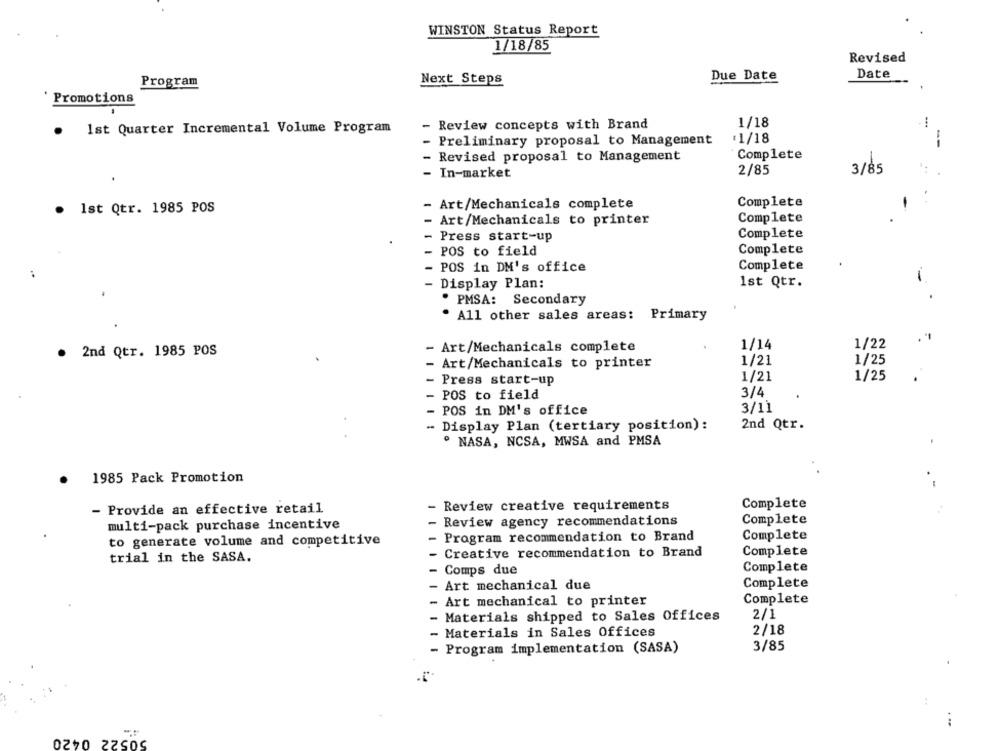
WINSTON Status Report
1/18/85
Revised
Date
Program
Next Steps
Due Date
Promotions
- Review concepts with Brand
1/18
1st Quarter Incremental Volume Program
Preliminary proposal to Management
:1/18
Revised proposal to Management
Complete
In-market
2/85
3/85
Complete
. Ist Qtr. 1985 POS
- Art/Mechanicals complete
Complete
Art/Mechanicals to printer
Press start-up
Complete
POS to field
Complete
POS in DM's office
Complete
- Display Plan:
1st Qtr.
. PMSA: Secondary
· All other sales areas: Primary
1/14
1/22
. 2nd Qtr. 1985 POS
- Art/Mechanicals complete
1/25
- Art/Mechanicals to printer
1/21
- Press start-up
1/21
1/25
- POS to field
3/4
- POS in DM's office
3/11
- Display Plan (tertiary position):
2nd Qtr.
. NASA, NCSA, MWSA and PMSA
1985 Pack Promotion
- Provide an effective retail
- Review creative requirements
Complete
multi-pack purchase incentive
- Review agency recommendations
Complete
to generate volume and competitive
- Program recommendation to Brand
Complete
- Creative recommendation to Brand
Complete
trial in the SASA.
Complete
- Comps due
- Art mechanical due
Complete
Complete
Art mechanical to printer
- Materials shipped to Sales Offices
2/1
2/18
Materials in Sales Offices
3/85
- Program implementation (SASA)
50522 0420